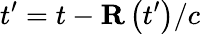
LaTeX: t^{\prime}=t-{\mathbf R}\left(t^{\prime}\right)/c